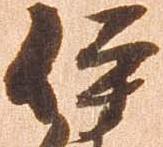
伊